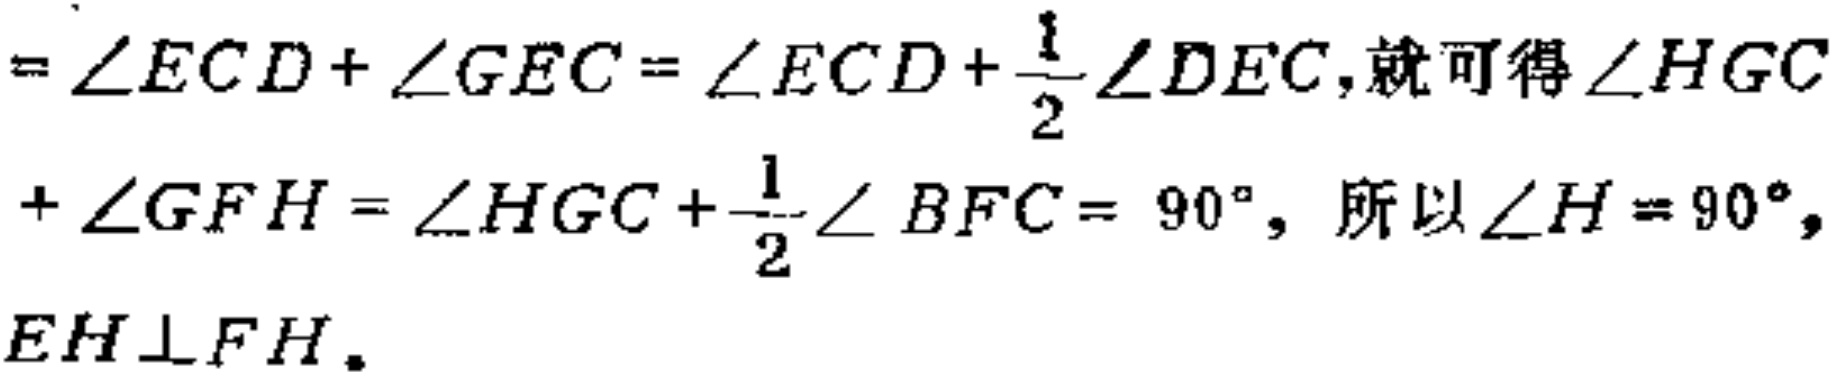
$=\angle ECD+\angle GEC=\angle ECD+\frac{1}{2}\angle DEC , 就可得\angle HGC+\angle GFH=\angle HGC+\frac{1}{2}\angle BFC=90^{\circ} , 所以\angle H = 90^{\circ} , EH\perp FH。$